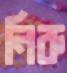
নিরু